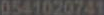
0541020741